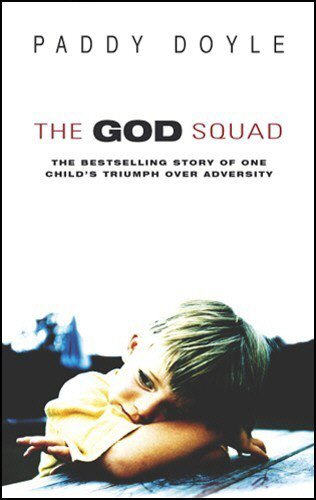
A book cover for The God Squad: The Bestselling Story of One Child's Triumph Over Adversity; Paddy Doyle; Health, Fitness & Dieting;